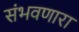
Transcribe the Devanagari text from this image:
संभवणारा